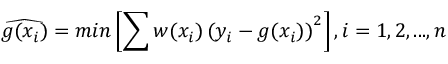
\widehat { g ( x _ { i } ) } = m i n \left[ \sum w ( x _ { i } ) \left( y _ { i } - g ( x _ { i } ) \right) ^ { 2 } \right] , i = 1 , 2 , . . . , n